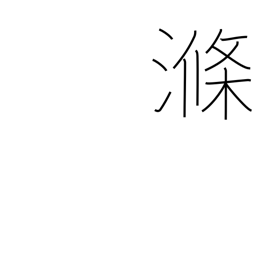
Meaning: rinse